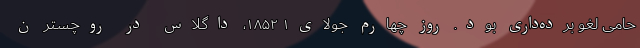
حامی لغو برده‌داری بود. روز چهارم جولای۱ ۱۸۵۲، داگلاس در روچستر ن